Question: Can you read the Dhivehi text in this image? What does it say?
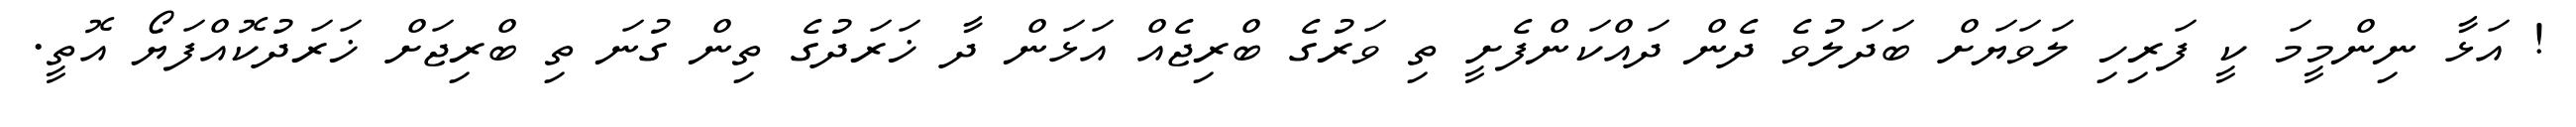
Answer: ! އަޅާ ނިންމީމަ ކީ ފަރިހި ލަވަޔަށް ބަދަލުވެ ދެން ދައްކަންފެށީ ތި ވަރުގެ ބްރިޖެއް އަޅަން ދާ ޚަރަދުގެ ތިން ގުނަ ތި ބްރިޖަށް ޚަރަދުކޮއްފަޔޯ އޮތީ.